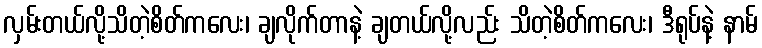
လှမ်းတယ်လို့သိတဲ့စိတ်ကလေး၊ ချလိုက်တာနဲ့ ချတယ်လို့လည်း သိတဲ့စိတ်ကလေး၊ ဒီရုပ်နဲ့ နာမ်